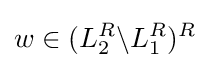
w\in (L_{2}^{R}\backslash L_{1}^{R})^{R}